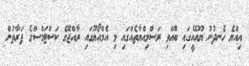
އިއްޔެ ހެނދުނު ޔޫއޭއީގައި ބޭއްވި ރަސްމިއްޔާތެއްގައި މި އެމްއޯޔޫގައި ރާއްޖޭގެ ކަސްޓަމްސްގެ ފަރާތުން